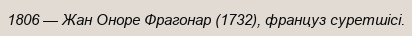
1806 — Жан Оноре Фрагонар (1732), француз суретшісі.